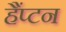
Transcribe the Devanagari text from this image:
हैंप्टन